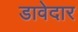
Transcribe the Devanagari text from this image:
डावेदार